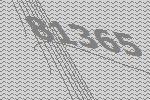
81365